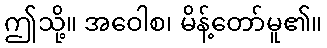
ဤသို့။ အဝေါစ၊ မိန့်တော်မူ၏။